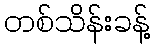
တစ်သိန်းခန့်